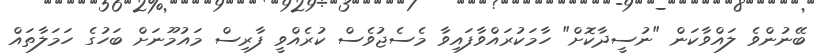
ބޭނުންވެ ލައްވާކަން "ނުސީދާކޮށް" ހާމަކުރައްވާފައިވާ މެސެޖުވެސް ކުރެއްވީ ފާރިސް މައުމޫނަށް ބަހުގެ ހަމަލާތައް